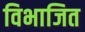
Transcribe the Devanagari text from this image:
विभाजित